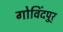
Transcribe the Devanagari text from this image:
गोविंदपुर्